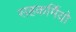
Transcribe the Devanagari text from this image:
सहकर्मियो